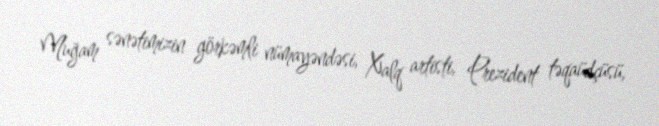
Muğam sənətimizin görkəmli nümayəndəsi, Xalq artisti, Prezident təqaüdçüsü,